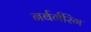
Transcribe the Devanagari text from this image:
नर्बर्गरिंग